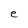
Character: e